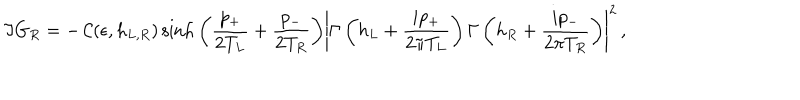
\Im G _ { R } = - \, { \cal C } ( \epsilon , h _ { L , R } ) \sinh { \left( { \frac { p _ { + } } { 2 T _ { L } } } + { \frac { p _ { - } } { 2 T _ { R } } } \right) } \left| \Gamma \left( h _ { L } + { \frac { i p _ { + } } { 2 \pi T _ { L } } } \right) \Gamma \left( h _ { R } + { \frac { i p _ { - } } { 2 \pi T _ { R } } } \right) \right| ^ { 2 } \, ,